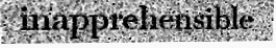
inapprehensible